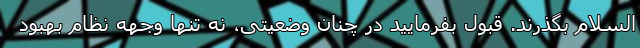
السلام بگذرند. قبول بفرمایید در چنان وضعیتی، نه تنها وجهه نظام بهبود